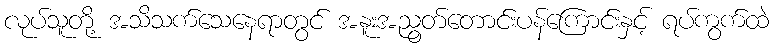
လုပ်သူတို့ အသိသက်သေနေရာတွင် အနူးအညွတ်တောင်းပန်ကြောင်းနှင့် ရပ်ကွက်ထဲ